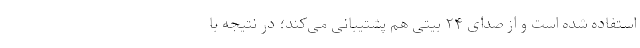
استفاده شده است و از صدای ۲۴ بیتی هم پشتیبانی می‌کند؛ در نتیجه با